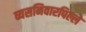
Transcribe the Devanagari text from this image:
व्यसनिवारपिल्ले